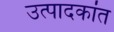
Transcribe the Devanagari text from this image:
उत्पादकांत